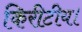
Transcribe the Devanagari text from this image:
किरीटीय।